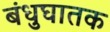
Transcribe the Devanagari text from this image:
बंधुघातक